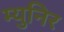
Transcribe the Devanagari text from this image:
म्युनिर